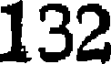
132